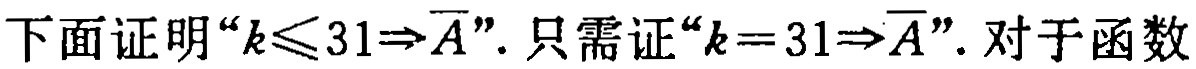
下面证明“\(k\leqslant 31\Rightarrow \overline{A}\)”. 只需证“\(k = 31\Rightarrow \overline{A}\)”. 对于函数